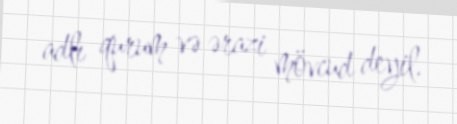
adlı qurum və ərazi mövcud deyil.